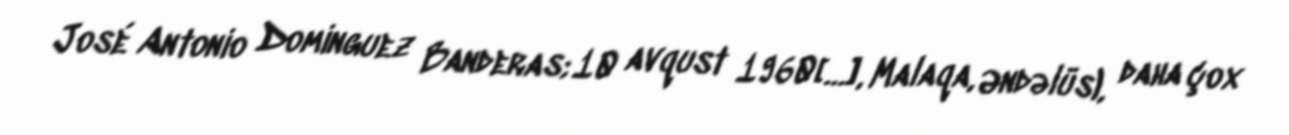
José Antonio Domínguez Banderas; 10 avqust 1960[…], Malaqa, Əndəlüs), daha çox